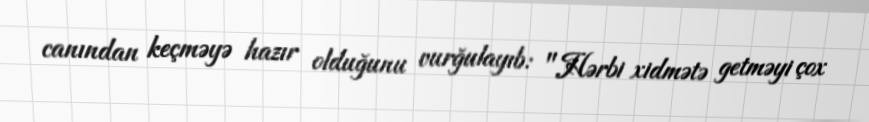
canından keçməyə hazır olduğunu vurğulayıb: "Hərbi xidmətə getməyi çox